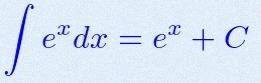
\int e^x dx=e^x+C